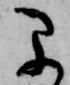
早